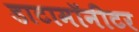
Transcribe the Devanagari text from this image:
डाटामॉनीटर